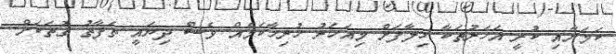
ކަމަށާއި ކުރީ އަހަރުތަކާ ހިލާފަށް މިއަހަރު ހުރިހާކަމެއް ވެސް ދިޔައީ ތަފާތު ގޮތަކަށް